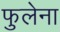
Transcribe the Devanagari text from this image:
फुलेना